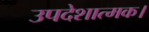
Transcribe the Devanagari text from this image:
उपदेशात्मक।